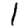
Digit: 1